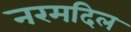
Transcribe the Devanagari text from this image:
नरमदिल